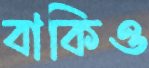
বাকিও